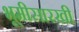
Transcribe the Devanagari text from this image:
भूमीसारखी